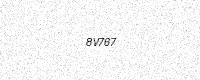
Text: 8V767